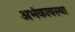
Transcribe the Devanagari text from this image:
अर्भकावस्था